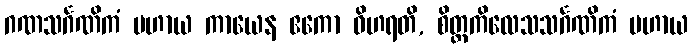
ဂဏသင်္ဂဏိကံ ပဟာယ ကာယေန ဧကော ဝိဟရတိ, စိတ္တကိလေသသင်္ဂဏိကံ ပဟာယ